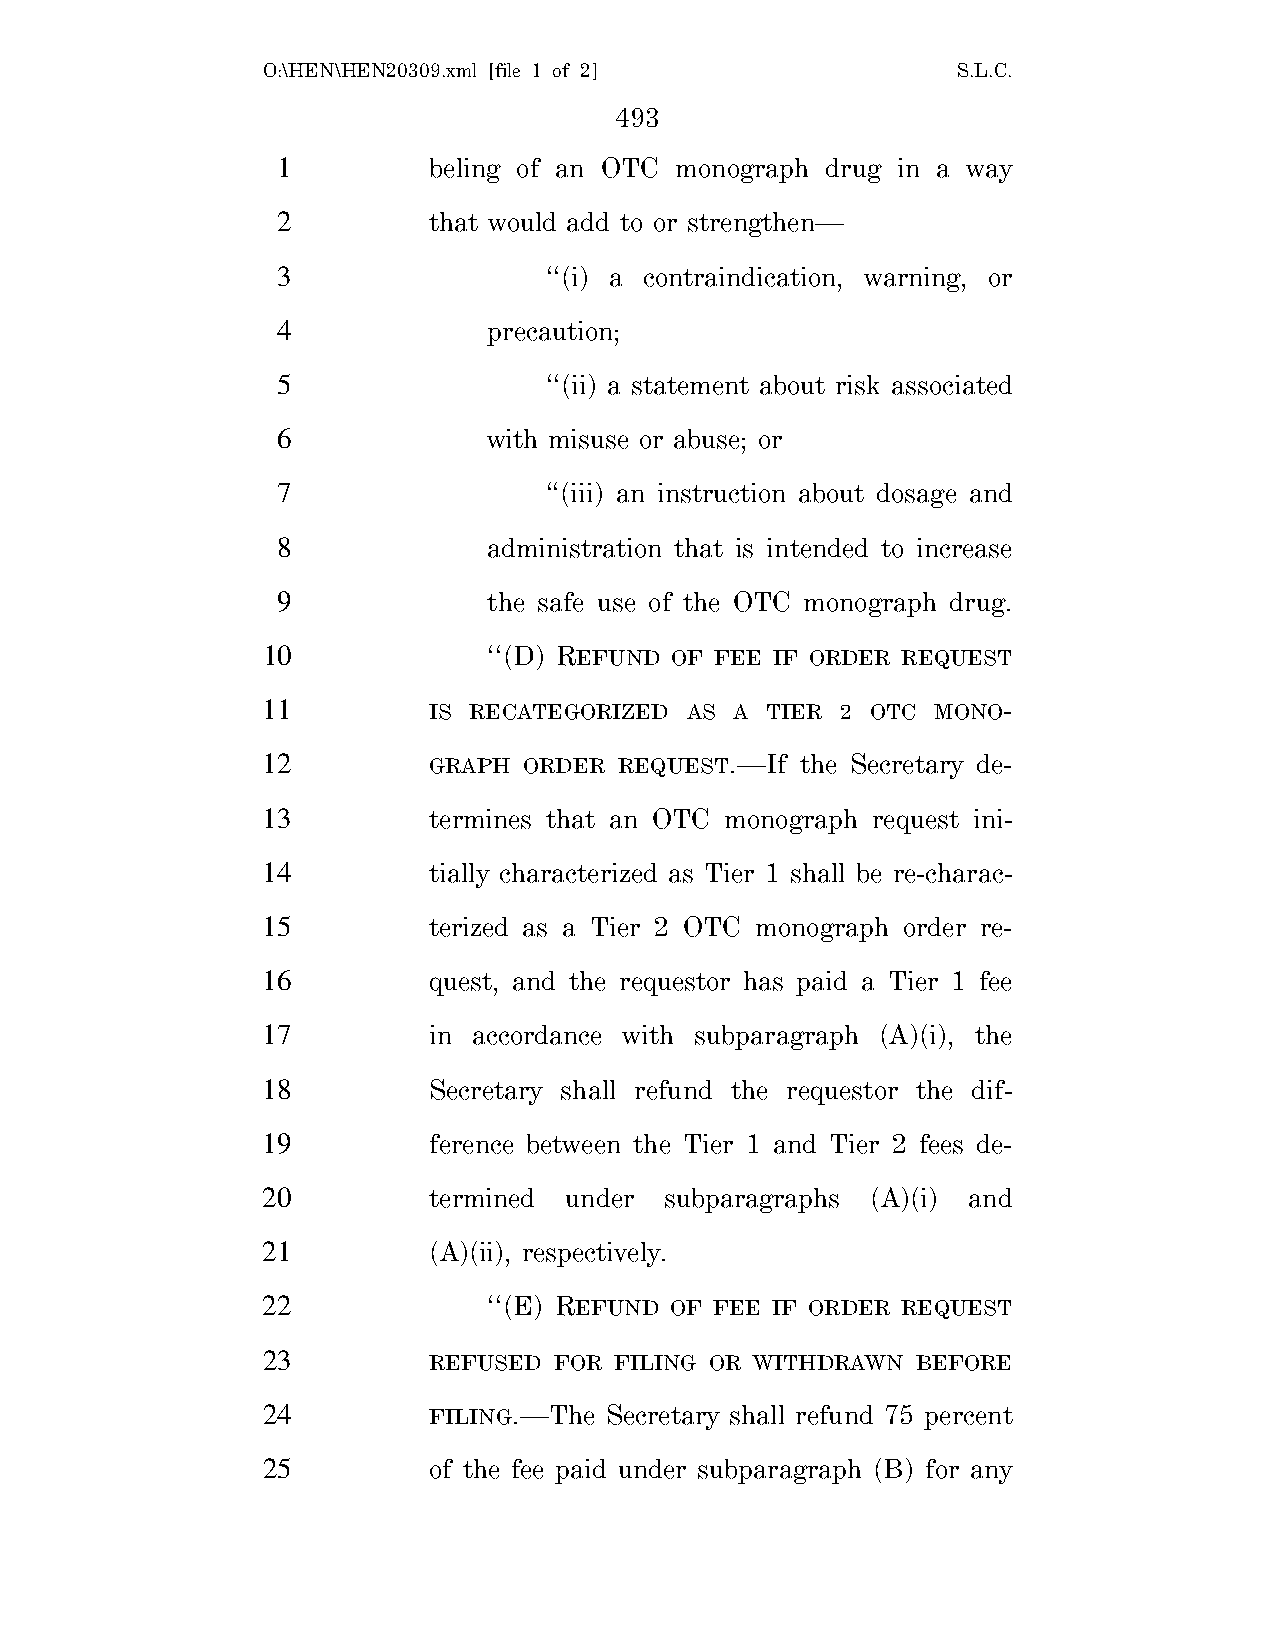
O:\HEN\HEN20309.xml [file 1 of 2]             S.L.C.
 493
 1         beling of an OTC monograph drug in a way
 2         that would add to or strengthen—
 3                 ‘‘(i) a contraindication, warning, or
 4             precaution;
 5                 ‘‘(ii) a statement about risk associated
 6             with misuse or abuse; or
 7                 ‘‘(iii) an instruction about dosage and
 8             administration that is intended to increase
 9             the safe use of the OTC monograph drug.
 10             ‘‘(D) REFUND OF FEE IF ORDER REQUEST
 11         IS RECATEGORIZED AS  A TIER 2 OTC MONO-
 12         GRAPH  ORDER REQUEST.—If the Secretary de-
 13         termines that an OTC monograph request ini-
 14         tially characterized as Tier 1 shall be re-charac-
 15         terized as a Tier 2 OTC monograph order re-
 16         quest, and the requestor has paid a Tier 1 fee
 17         in accordance with subparagraph (A)(i), the
 18         Secretary shall refund the requestor the dif-
 19         ference between the Tier 1 and Tier 2 fees de-
 20         termined under  subparagraphs (A)(i) and
 21         (A)(ii), respectively.
 22             ‘‘(E) REFUND OF FEE IF ORDER REQUEST
 23         REFUSED  FOR FILING OR WITHDRAWN BEFORE
 24         FILING.—The Secretary shall refund 75 percent
 25         of the fee paid under subparagraph (B) for any